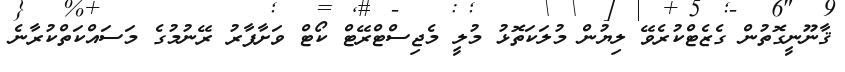
ޤާނޫނީގޮތުން ގެޒެޓްކުރެވޭ ލިޔުން މުލަކަތޮޅު މުލީ މެޖިސްޓްރޭޓް ކޯޓް ވަށާފާރު ރޭނުމުގެ މަސައްކަތްކުރާނެ